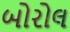
બોરોલ